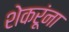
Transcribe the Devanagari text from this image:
शेकरूंना